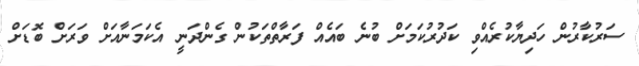
ސަރުކާރުން ހަދިޔާކުރެއްވި ކަދުރުކަމަށް ބުނެ ބައެއް ފަރާތްތަކުން ގެންދަނީ އެކަމަނާއަށް ވަރަށް ބޮޑަށް